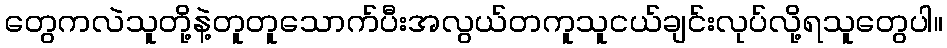
တွေကလဲသူတို့နဲ့တူတူသောက်ပီးအလွယ်တကူသူငယ်ချင်းလုပ်လို့ရသူတွေပါ။